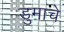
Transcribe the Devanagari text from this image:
डुमाचे